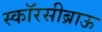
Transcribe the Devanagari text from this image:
स्कॉरसीब्राऊ